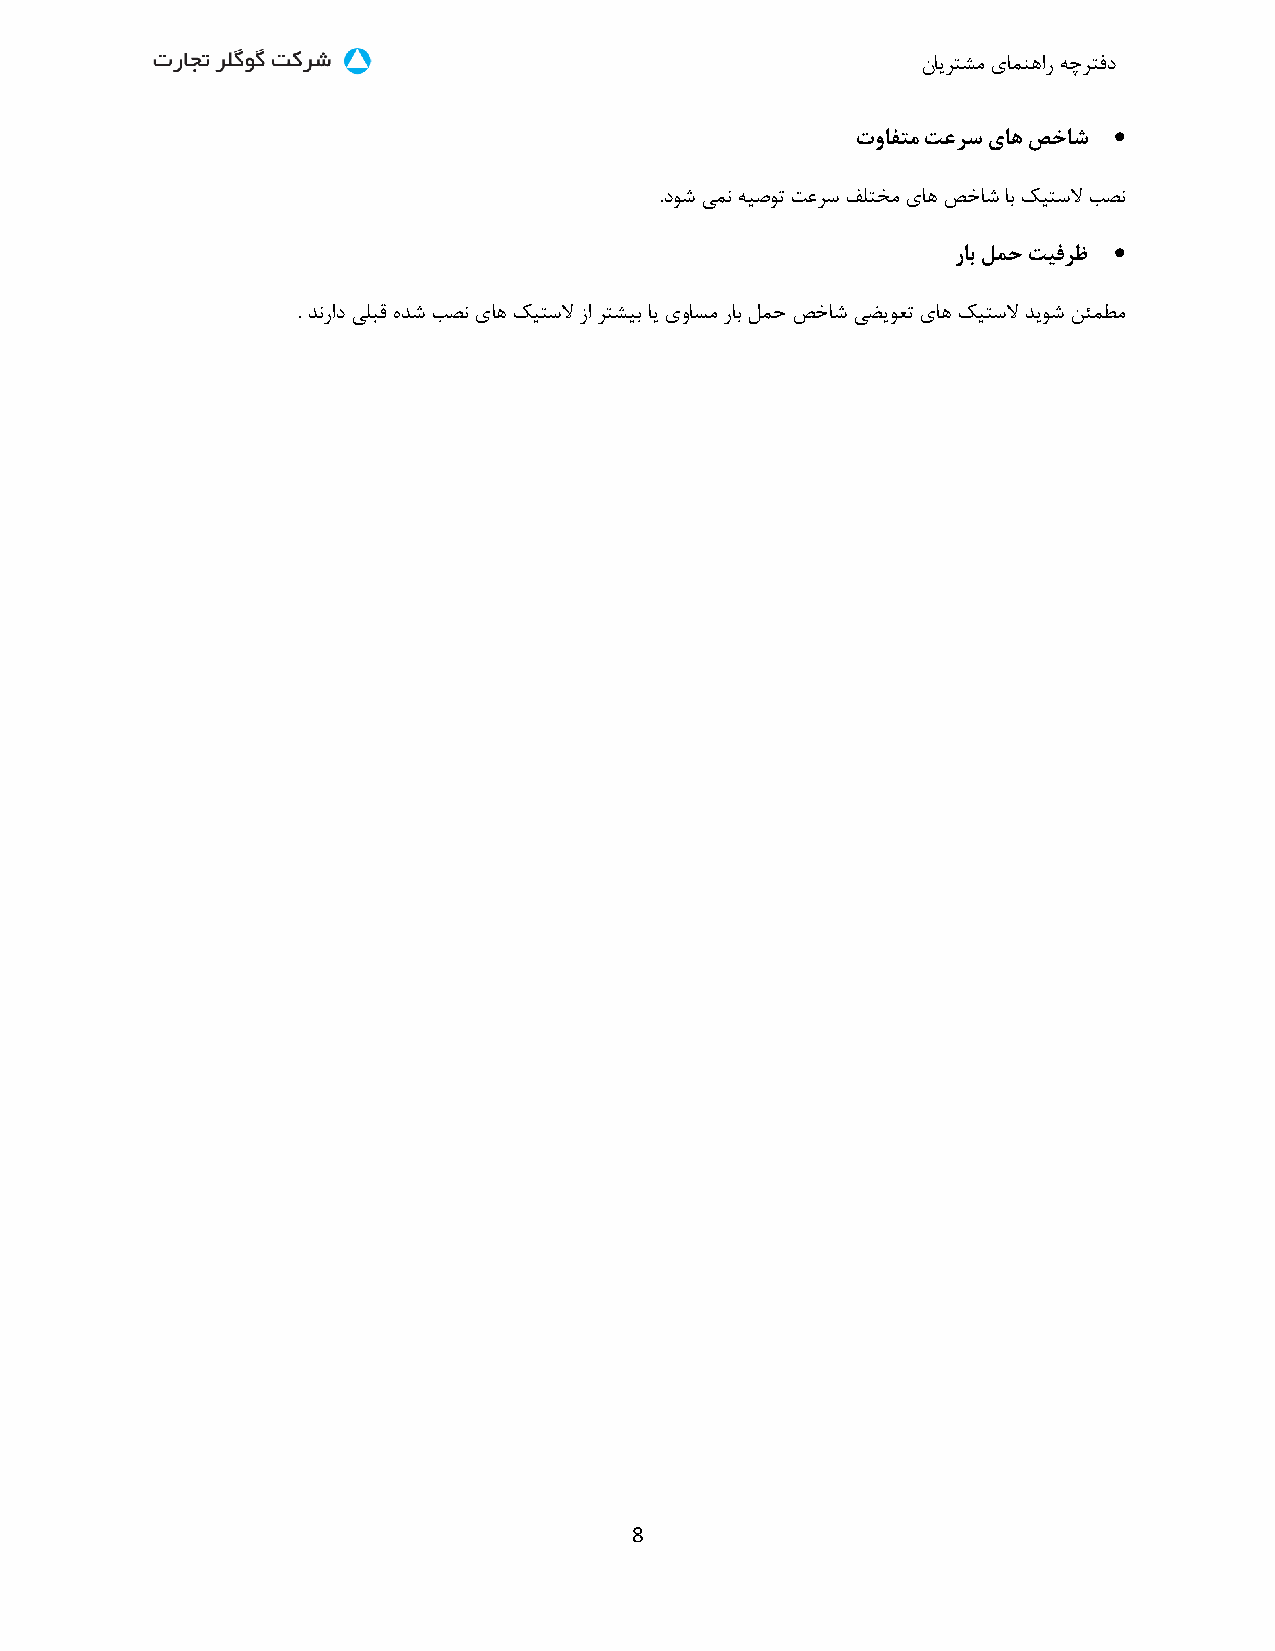
نایرتشم یامنهار هچرتفد
 
 توافتم تعرس یاه صخاش
 .دوش یمن هیصوت تعرس دلتخم یاه صخاش اب کیتسلا بصن
 
 راب لمح تیفرظ
 . دنراد یلبق هدش بصن یاه کیتسلا زا رتشیب ای یواسم راب لمح صخاش یضیوعت یاه کیتسلا دیوش نئمطم
 8